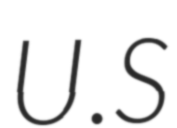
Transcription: U.S